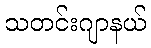
သတင်းဂျာနယ်